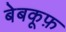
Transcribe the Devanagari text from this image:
बेबकूफ़